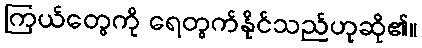
ကြယ်တွေကို ရေတွက်နိုင်သည်ဟုဆို၏။